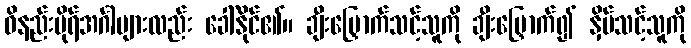
ဝိနည်းမိုရ်အင်္ဂါများလည်း ခေါ်နိုင်၏။ ချီးမြှောက်သင့်သူကို ချီးမြှောက်၍ နှိပ်သင့်သူကို